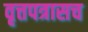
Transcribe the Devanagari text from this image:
वृत्तपत्रासच